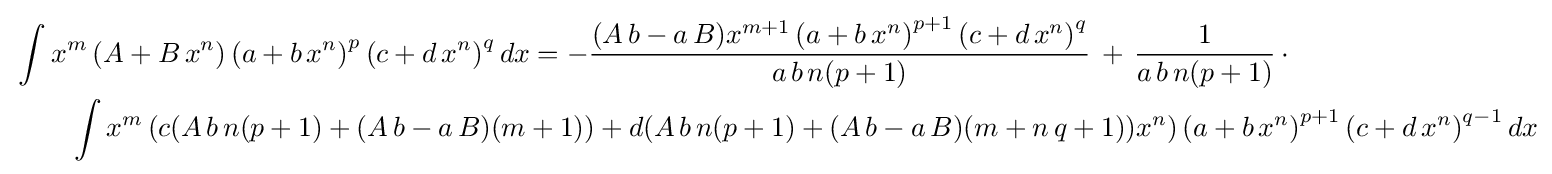
{\begin{aligned}&\int x^{m}\left(A+B\,x^{n}\right)\left(a+b\,x^{n}\right)^{p}\left(c+d\,x^{n}\right)^{q}dx=-{\frac {(A\,b-a\,B)x^{m+1}\left(a+b\,x^{n}\right)^{p+1}\left(c+d\,x^{n}\right)^{q}}{a\,b\,n(p+1)}}\,+\,{\frac {1}{a\,b\,n(p+1)}}\,\cdot \\&\qquad \int x^{m}\left(c(A\,b\,n(p+1)+(A\,b-a\,B)(m+1))+d(A\,b\,n(p+1)+(A\,b-a\,B)(m+n\,q+1))x^{n}\right)\left(a+b\,x^{n}\right)^{p+1}\left(c+d\,x^{n}\right)^{q-1}dx\end{aligned}}